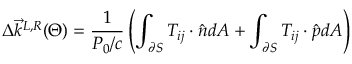
\Delta \Vec { k } ^ { L , R } ( \Theta ) = \frac { 1 } { P _ { 0 } / c } \left( \int _ { \partial S } T _ { i j } \cdot \hat { n } d A + \int _ { \partial S } T _ { i j } \cdot \hat { p } d A \right)